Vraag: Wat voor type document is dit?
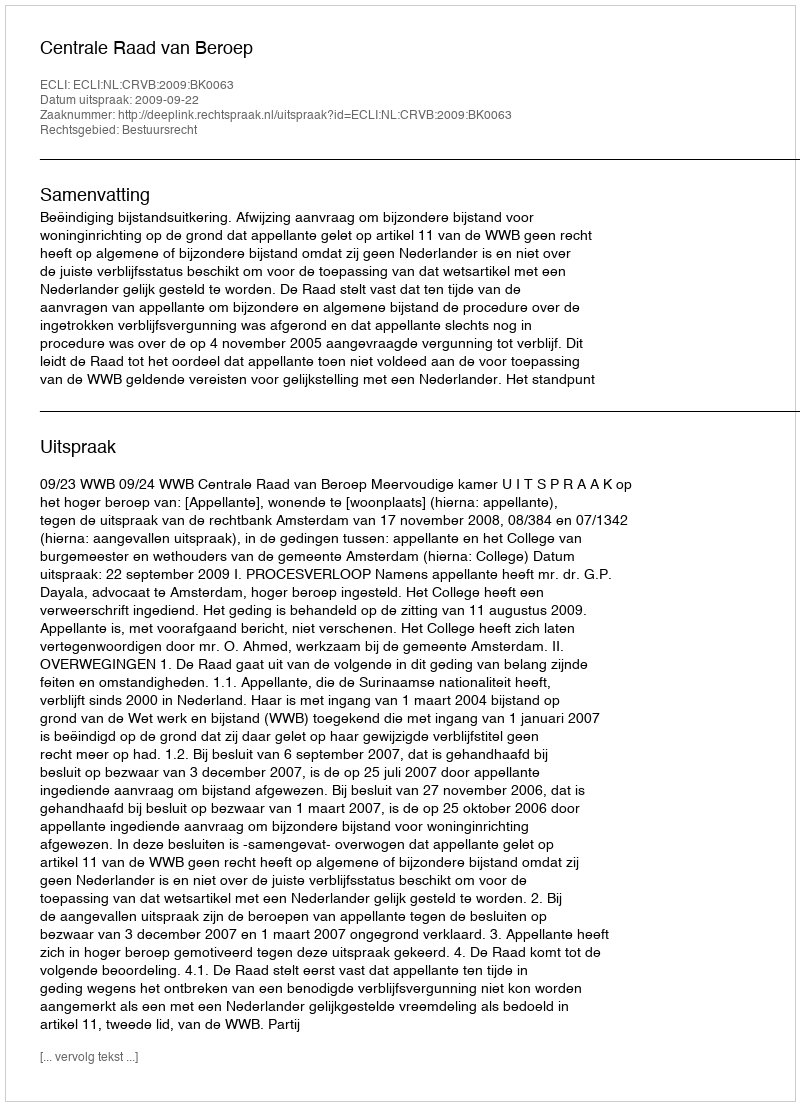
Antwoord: Uitspraak